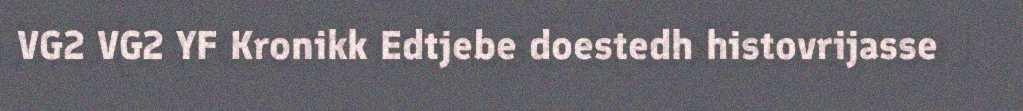
VG2 VG2 YF Kronikk Edtjebe doestedh histovrijasse